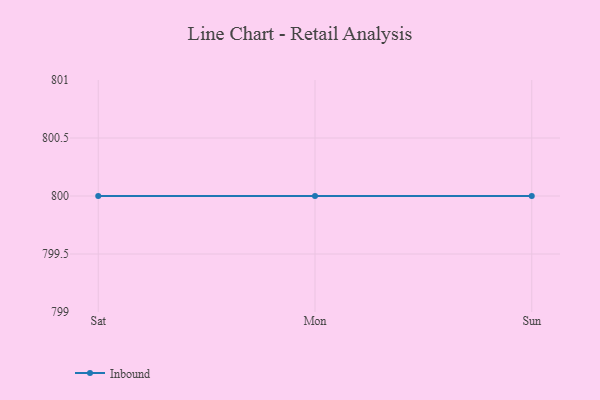
{"axis": {"x": "Day", "y": "Churn Rate (%)"}, "legend": ["Inbound"], "data": [{"x": "Sat", "y": 800, "type": "Inbound"}, {"x": "Mon", "y": 800, "type": "Inbound"}, {"x": "Sun", "y": 800, "type": "Inbound"}]}